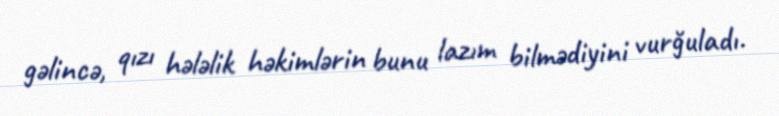
gəlincə, qızı hələlik həkimlərin bunu lazım bilmədiyini vurğuladı.